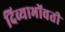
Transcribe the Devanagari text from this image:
दिव्याभोंवती